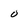
Character: 0